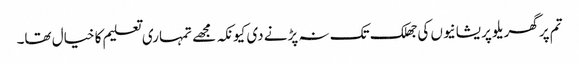
تم پر گھریلو پریشانیوں کی جھلک تک نہ پڑنے دی کیونکہ مجھے تمہاری تعلیم کا خیال تھا۔